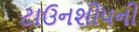
ટાઉનશીપની